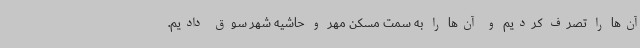
آن‌ها را تصرف کردیم و آن‌ها را به سمت مسکن مهر و حاشیه شهر سوق دادیم.